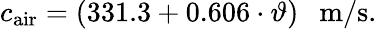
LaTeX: c_{\mathrm{air}}=(331.3+0.606\cdot\vartheta)~~~\mathrm{m/s}.